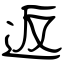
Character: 返